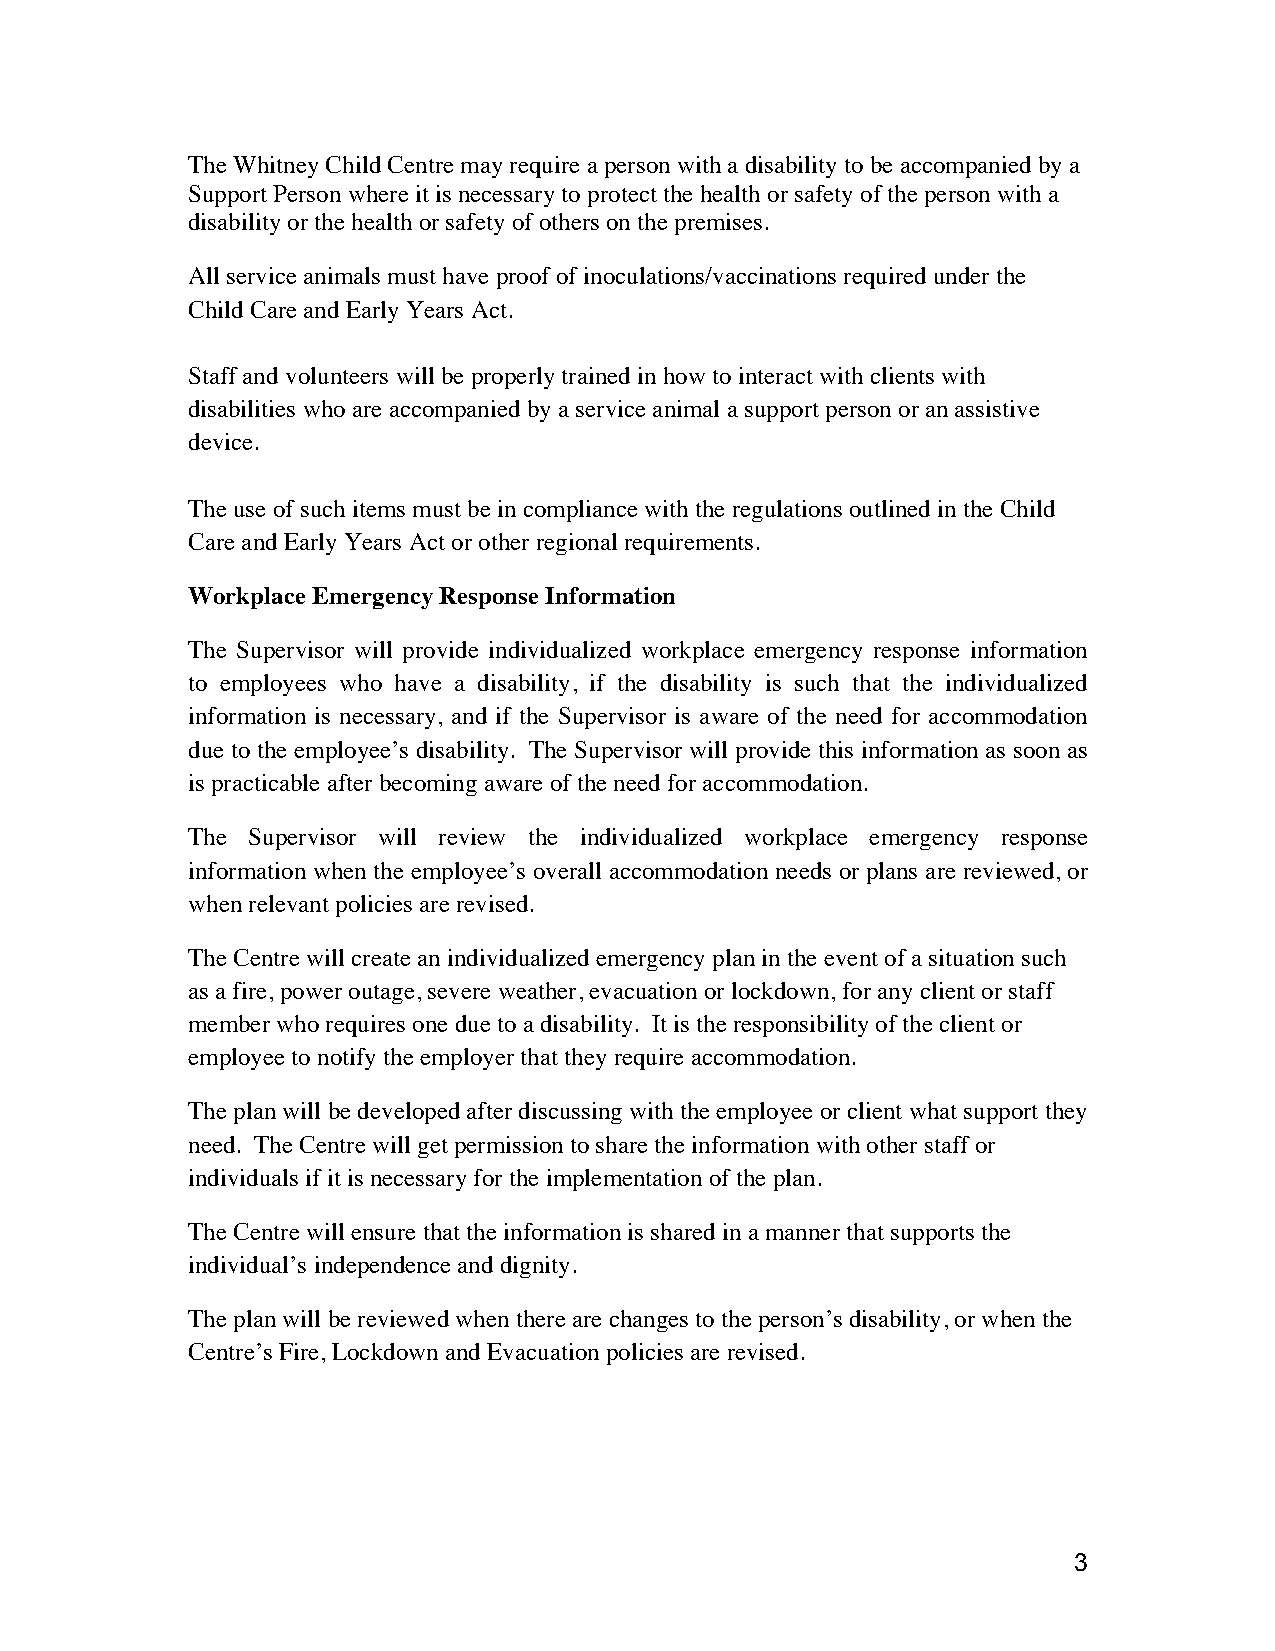
The Whitney Child Centre may require a person with a disability to be accompanied by a
 Support Person where it is necessary to protect the health or safety of the person with a
 disability or the health or safety of others on the premises.
 All service animals must have proof of inoculations/vaccinations required under the
 Child Care and Early Years Act.
 Staff and volunteers will be properly trained in how to interact with clients with
 disabilities who are accompanied by a service animal a support person or an assistive
 device.
 The use of such items must be in compliance with the regulations outlined in the Child
 Care and Early Years Act or other regional requirements.
 Workplace Emergency Response Information
 The Supervisor will provide individualized workplace emergency response information
 to employees who have a disability, if the disability is such that the individualized
 information is necessary, and if the Supervisor is aware of the need for accommodation
 due to the employee’s disability. The Supervisor will provide this information as soon as
 is practicable after becoming aware of the need for accommodation.
 The Supervisor will review the individualized workplace emergency response
 information when the employee’s overall accommodation needs or plans are reviewed, or
 when relevant policies are revised.
 The Centre will create an individualized emergency plan in the event of a situation such
 as a fire, power outage, severe weather, evacuation or lockdown, for any client or staff
 member who requires one due to a disability. It is the responsibility of the client or
 employee to notify the employer that they require accommodation.
 The plan will be developed after discussing with the employee or client what support they
 need. The Centre will get permission to share the information with other staff or
 individuals if it is necessary for the implementation of the plan.
 The Centre will ensure that the information is shared in a manner that supports the
 individual’s independence and dignity.
 The plan will be reviewed when there are changes to the person’s disability, or when the
 Centre’s Fire, Lockdown and Evacuation policies are revised.
 3